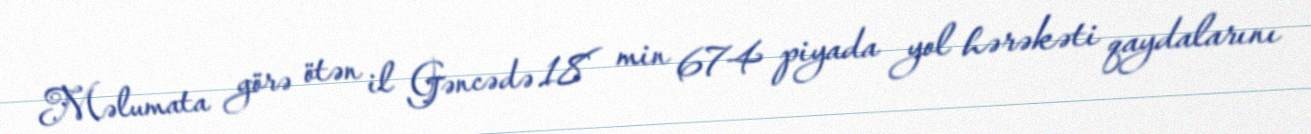
Məlumata görə ötən il Gəncədə 18 min 674 piyada yol hərəkəti qaydalarını